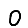
Digit: 0